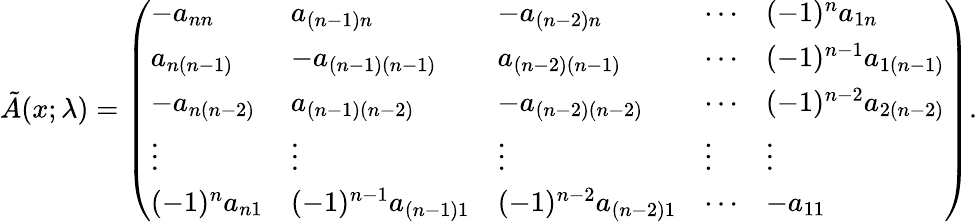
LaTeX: \tilde{A}(x;\lambda)=\left(\begin{array}{lllll}{-a_{nn}}&{a_{(n-1)n}}&{-a_{(n-2)n}}&{\cdots}&{(-1)^{n}a_{1n}}\\ {a_{n(n-1)}}&{-a_{(n-1)(n-1)}}&{a_{(n-2)(n-1)}}&{\cdots}&{(-1)^{n-1}a_{1(n-1)}}\\ {-a_{n(n-2)}}&{a_{(n-1)(n-2)}}&{-a_{(n-2)(n-2)}}&{\cdots}&{(-1)^{n-2}a_{2(n-2)}}\\ {\vdots}&{\vdots}&{\vdots}&{\vdots}&{\vdots}\\ {(-1)^{n}a_{n1}}&{(-1)^{n-1}a_{(n-1)1}}&{(-1)^{n-2}a_{(n-2)1}}&{\cdots}&{-a_{11}}\end{array}\right).